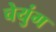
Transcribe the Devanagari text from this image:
चेयुंग